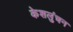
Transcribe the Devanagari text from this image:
केशलुंचन